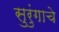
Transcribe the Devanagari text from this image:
सुरुंगाचे